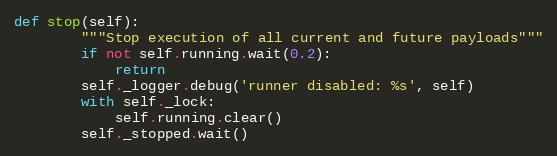
Language: Python
def stop(self):
        """Stop execution of all current and future payloads"""
        if not self.running.wait(0.2):
            return
        self._logger.debug('runner disabled: %s', self)
        with self._lock:
            self.running.clear()
        self._stopped.wait()